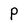
Character: p